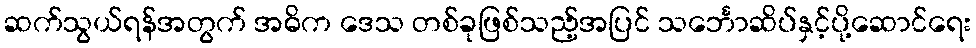
ဆက်သွယ်ရန်အတွက် အဓိက ဒေသ တစ်ခုဖြစ်သည့်အပြင် သင်္ဘောဆိပ်နှင့်ပို့ဆောင်ရေး